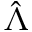
\hat { \Lambda }